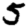
Digit: 5